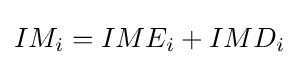
IM_{i}=IME_{i}+IMD_{i}